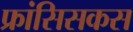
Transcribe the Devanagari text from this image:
फ्रांसिसकस